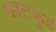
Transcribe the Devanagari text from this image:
कालकुडं